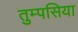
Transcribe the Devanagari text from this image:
तुम्पसिया